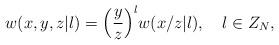
LaTeX: \begin{align*}w(x,y,z|l)={\Bigl(}{y\over z}{\Bigr)}^l w(x/z|l),\quad l\in Z_N, \end{align*}